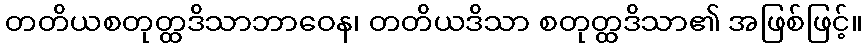
တတိယစတုတ္ထဒိသာဘာဝေန၊ တတိယဒိသာ စတုတ္ထဒိသာ၏ အဖြစ်ဖြင့်။